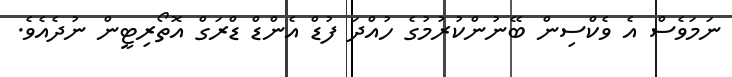
ނަމަވެސް އެ ވެކްސިން ބޭނުންކުރުމުގެ ހުއްދަ ފުޑް އެންޑް ޑްރަގް އޮތޯރިޓީން ނުދެއެވެ.